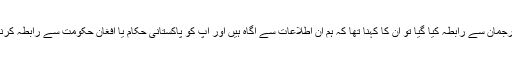
ایک نجی ٹی وی کے مطابق ملا عبدالغنی برادر کی رہائی کی تصدیق کے لیے امریکی محکمہ خارجہ کی ترجمان سے رابطہ کیا گیا تو اُن کا کہنا تھا کہ ہم ان اطلاعات سے آگاہ ہیں اور آپ کو پاکستانی حکام یا افغان حکومت سے رابطہ کرنے کے لیے کہیں گے جو طویل عرصے سے امن عمل میں شمولیت کے لیے ان کی رہائی کے خواہاں تھے۔